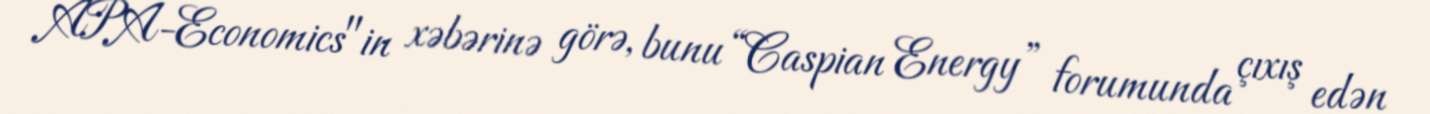
APA-Economics"in xəbərinə görə, bunu “Caspian Energy” forumunda çıxış edən